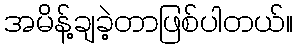
အမိန့်ချခဲ့တာဖြစ်ပါတယ်။